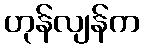
ဟုန်လျန်က